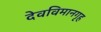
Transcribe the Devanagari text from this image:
देवविमानगृह